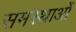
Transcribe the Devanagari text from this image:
समस्थाओं